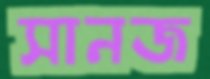
সানজ